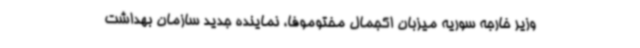
وزیر خارجه سوریه میزبان اکجمال مختوموفا، نماینده جدید سازمان بهداشت